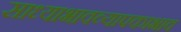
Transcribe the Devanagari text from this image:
साध्याभावव्यापकाभाव